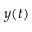
y ( t )